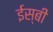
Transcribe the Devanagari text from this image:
ईस्बी